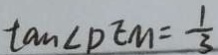
\tan \angle D E M = \frac { 1 } { 3 }